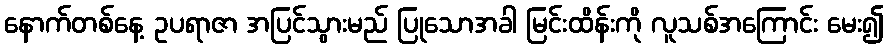
နောက်တစ်နေ့ ဥပရာဇာ အပြင်သွားမည် ပြုသောအခါ မြင်းထိန်းကို လူသစ်အကြောင်း မေး၍